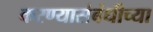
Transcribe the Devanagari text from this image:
करण्यासंबंधीच्या